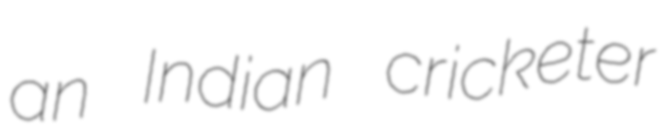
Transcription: an Indian cricketer